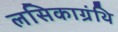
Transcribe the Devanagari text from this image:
लसिकाग्रंथि